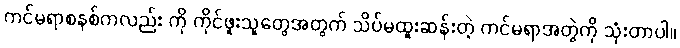
ကင်မရာစနစ်ကလည်း ကို ကိုင်ဖူးသူတွေအတွက် သိပ်မထူးဆန်းတဲ့ ကင်မရာအတွဲကို သုံးတာပါ။